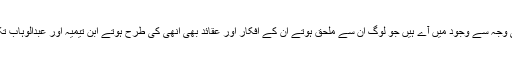
تکفیری اور وہابی گروہ بھی انھی ایتوں کی وجہ سے وجود میں آے ہیں جو لوگ ان سے ملحق ہوتے ان کے افکار اور عقائد بھی انھی کی طرح ہوتے ابن تیمیہ اور عبدالوہاب تکفیری اور وہابی گروہوں کے نمائندے ہیں۔